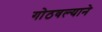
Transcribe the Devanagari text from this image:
गोठवल्याने